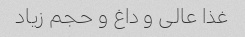
غذا عالی و داغ و حجم زیاد